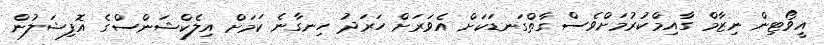
އީވޯޓިން ނިޒާމް ގާއިމްކުރުމަށްވެސް ގާތްގަނޑަކަށް އެވަރަށް ހަރަދު ހިނގާނެ ކަމަށް އިލެކްޝަންސްގެ އޮފިޝަލުން